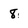
Character: 8